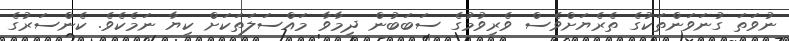
ނުވަތަ ގުނަވަންތަކުގެ ތެރެޔަށްވެސް ވެރިވުމުގެ ސަބަބުން ދިމާވާ މައްސަލަތަކަށް ކިޔާ ނަމެކެވެ. ކެންސަރުގެ